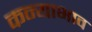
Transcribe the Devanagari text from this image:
कन्याभाव